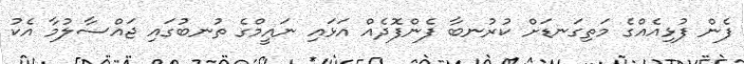
ފެން ފުޅިއެއްގެ މަތިގަނޑަށް ކުރުނބާ ފެންފޮދެއް އަޅައި ނައީމްގެ ތުނބުގައި ޖައްސާލުމާ އެކު